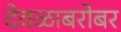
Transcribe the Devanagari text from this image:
देवळाबरोबर